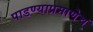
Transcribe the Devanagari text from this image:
पाडण्याप्रमाणेच